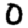
Digit: 0